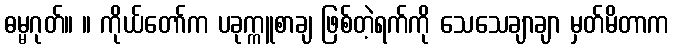
ဓမ္မဂုတ်။ ။ ကိုယ်တော်က ပခုက္ကူစာချ ဖြစ်တဲ့ရက်ကို သေသေချာချာ မှတ်မိတာက